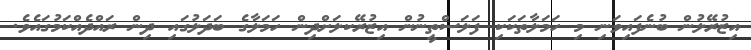
އިޒުރޭލުން ބުނެފައިވަނި މި ހަމަލާތަކަކި ފަލަސްތީނުން އިޒުރޭކލަށްދިން ހަމަލާގެ ބަދަލުގައި ދިން ރައްދެއްކަމުގައެވެ.